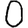
Digit: 0